NAE_EAOK_eestikeelsed_sunnimeetrikad, lk 257
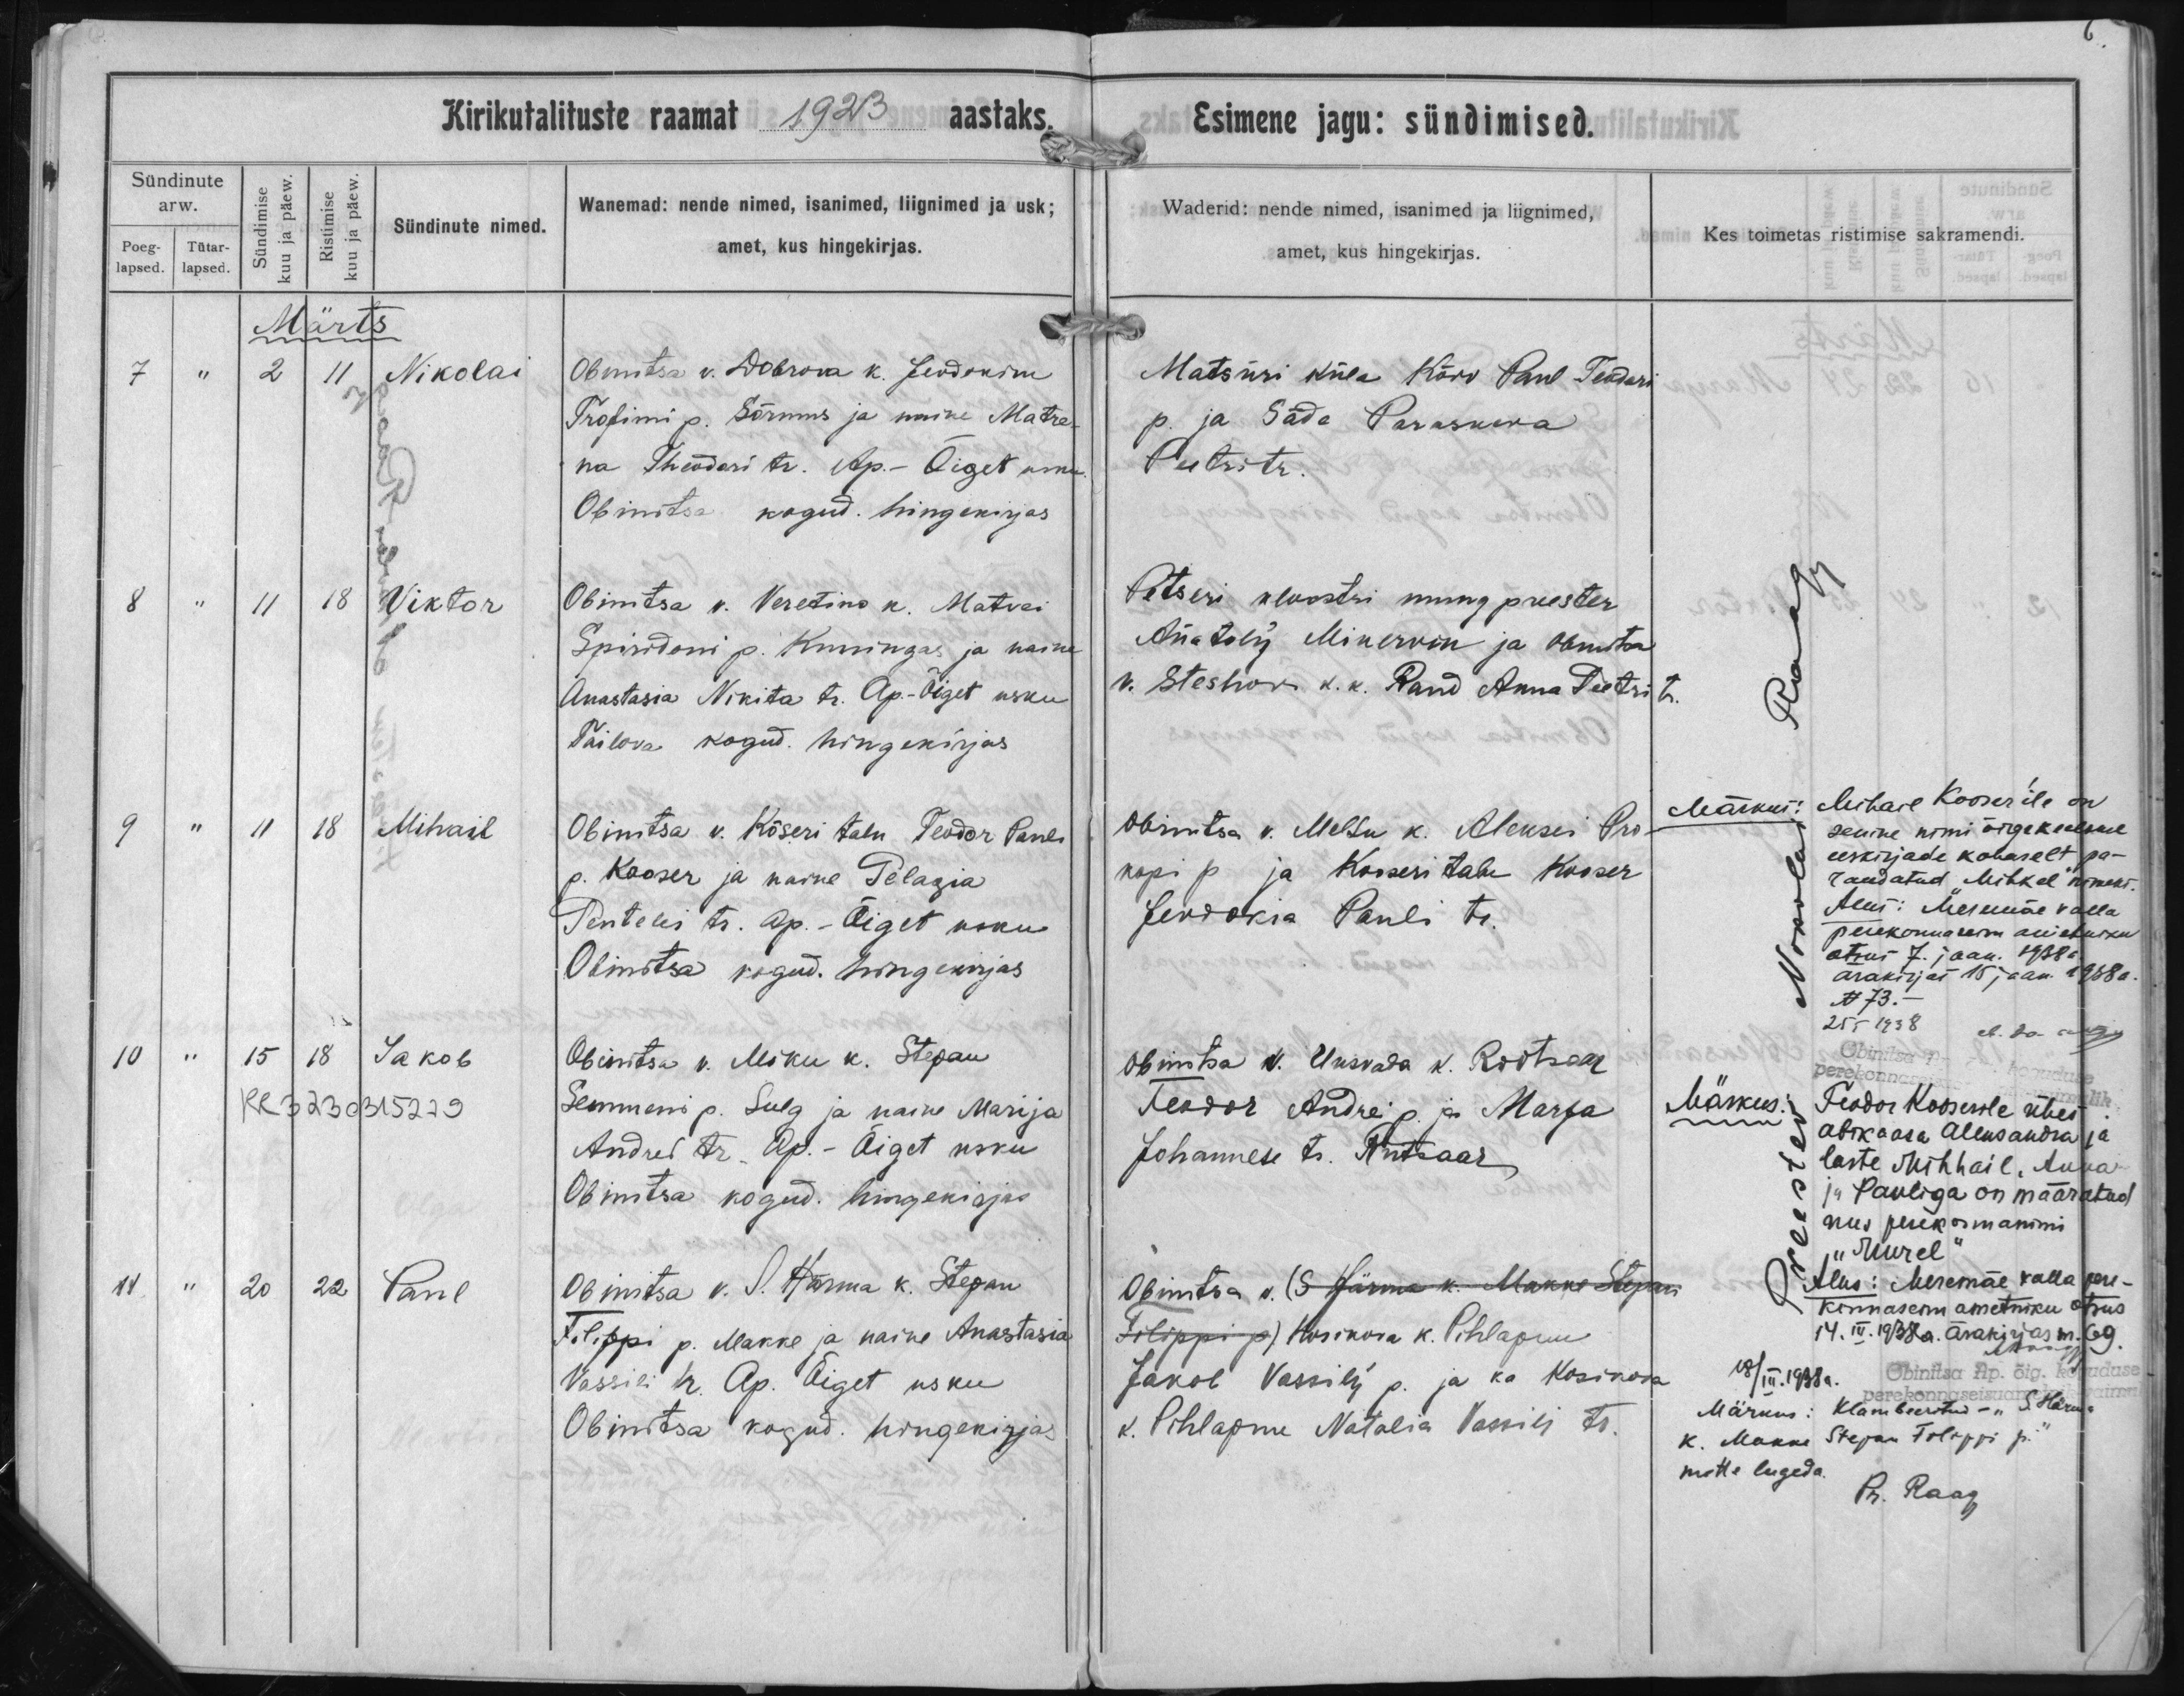
Nikolai

Viktor

Mihail

Jakob

Paul

Obinitsa v. Dobrova k. Jevdokim
Trofimi p. Sõrmus ja naine Matre-
na Theodori tr. Ap-Õiget usku
Obinitsa kogud. hingekirjas

Obinitsa v. Köseri talu Feodor Pauli
p. Kooser ja naine Pelagia
Penteki tr. Ap.-Õiget usku
Obinitsa kogud. hingekirjas

Obinitsa v. Veretino k. Matvei
Siridoni p. Kuningas ja naine
Anastasia Nikita tr. Ap.-Õiget usku
Tailova kogud. hingekirjas

Obinitsa v. Mõku k. Stepan
Semmeni p. Sulg ja naine Marija
Andrei tr. Ap-Õiget usku
Obinitsa kogud. hingekirjas

Obinitsa v. S. Härma k. Stepan
Filippi p. Makke ja naine Anastasia
Vassili tr. Ap. Õiget usku
Obinitsa kogud. hingekirjas